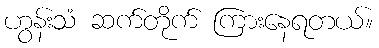
ဟွန်းသံ ဆက်တိုက် ကြားနေရတယ်။